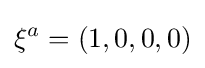
\xi ^{a}=(1,0,0,0)